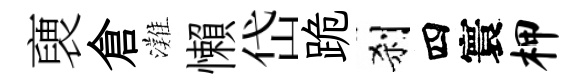
褏倉灘懶岱跪刹四寰柙